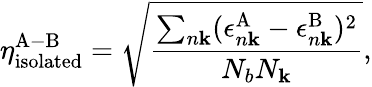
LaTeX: \eta_{\mathrm{isolated}}^{\mathrm{A-B}}=\sqrt{\frac{\sum_{n\mathbf{k}}(\epsilon_{n\mathbf{k}}^{\mathrm{A}}-\epsilon_{n\mathbf{k}}^{\mathrm{B}})^{2}}{N_{b}N_{\mathbf{k}}}},